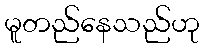
မူတည်နေသည်ဟု